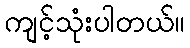
ကျင့်သုံးပါတယ်။